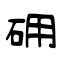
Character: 砽